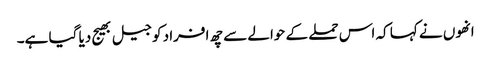
انھوں نے کہا کہ اس حملے کے حوالے سے چھ افراد کو جیل بھیج دیا گیا ہے۔